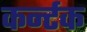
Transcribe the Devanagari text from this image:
कर्न्टक